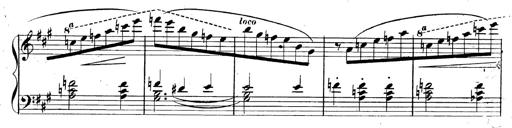
Title: 3 Caprices-Valses
Composer: Franz Liszt